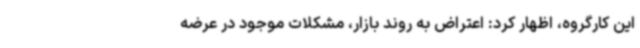
این کارگروه، اظهار کرد: اعتراض به روند بازار، مشکلات موجود در عرضه